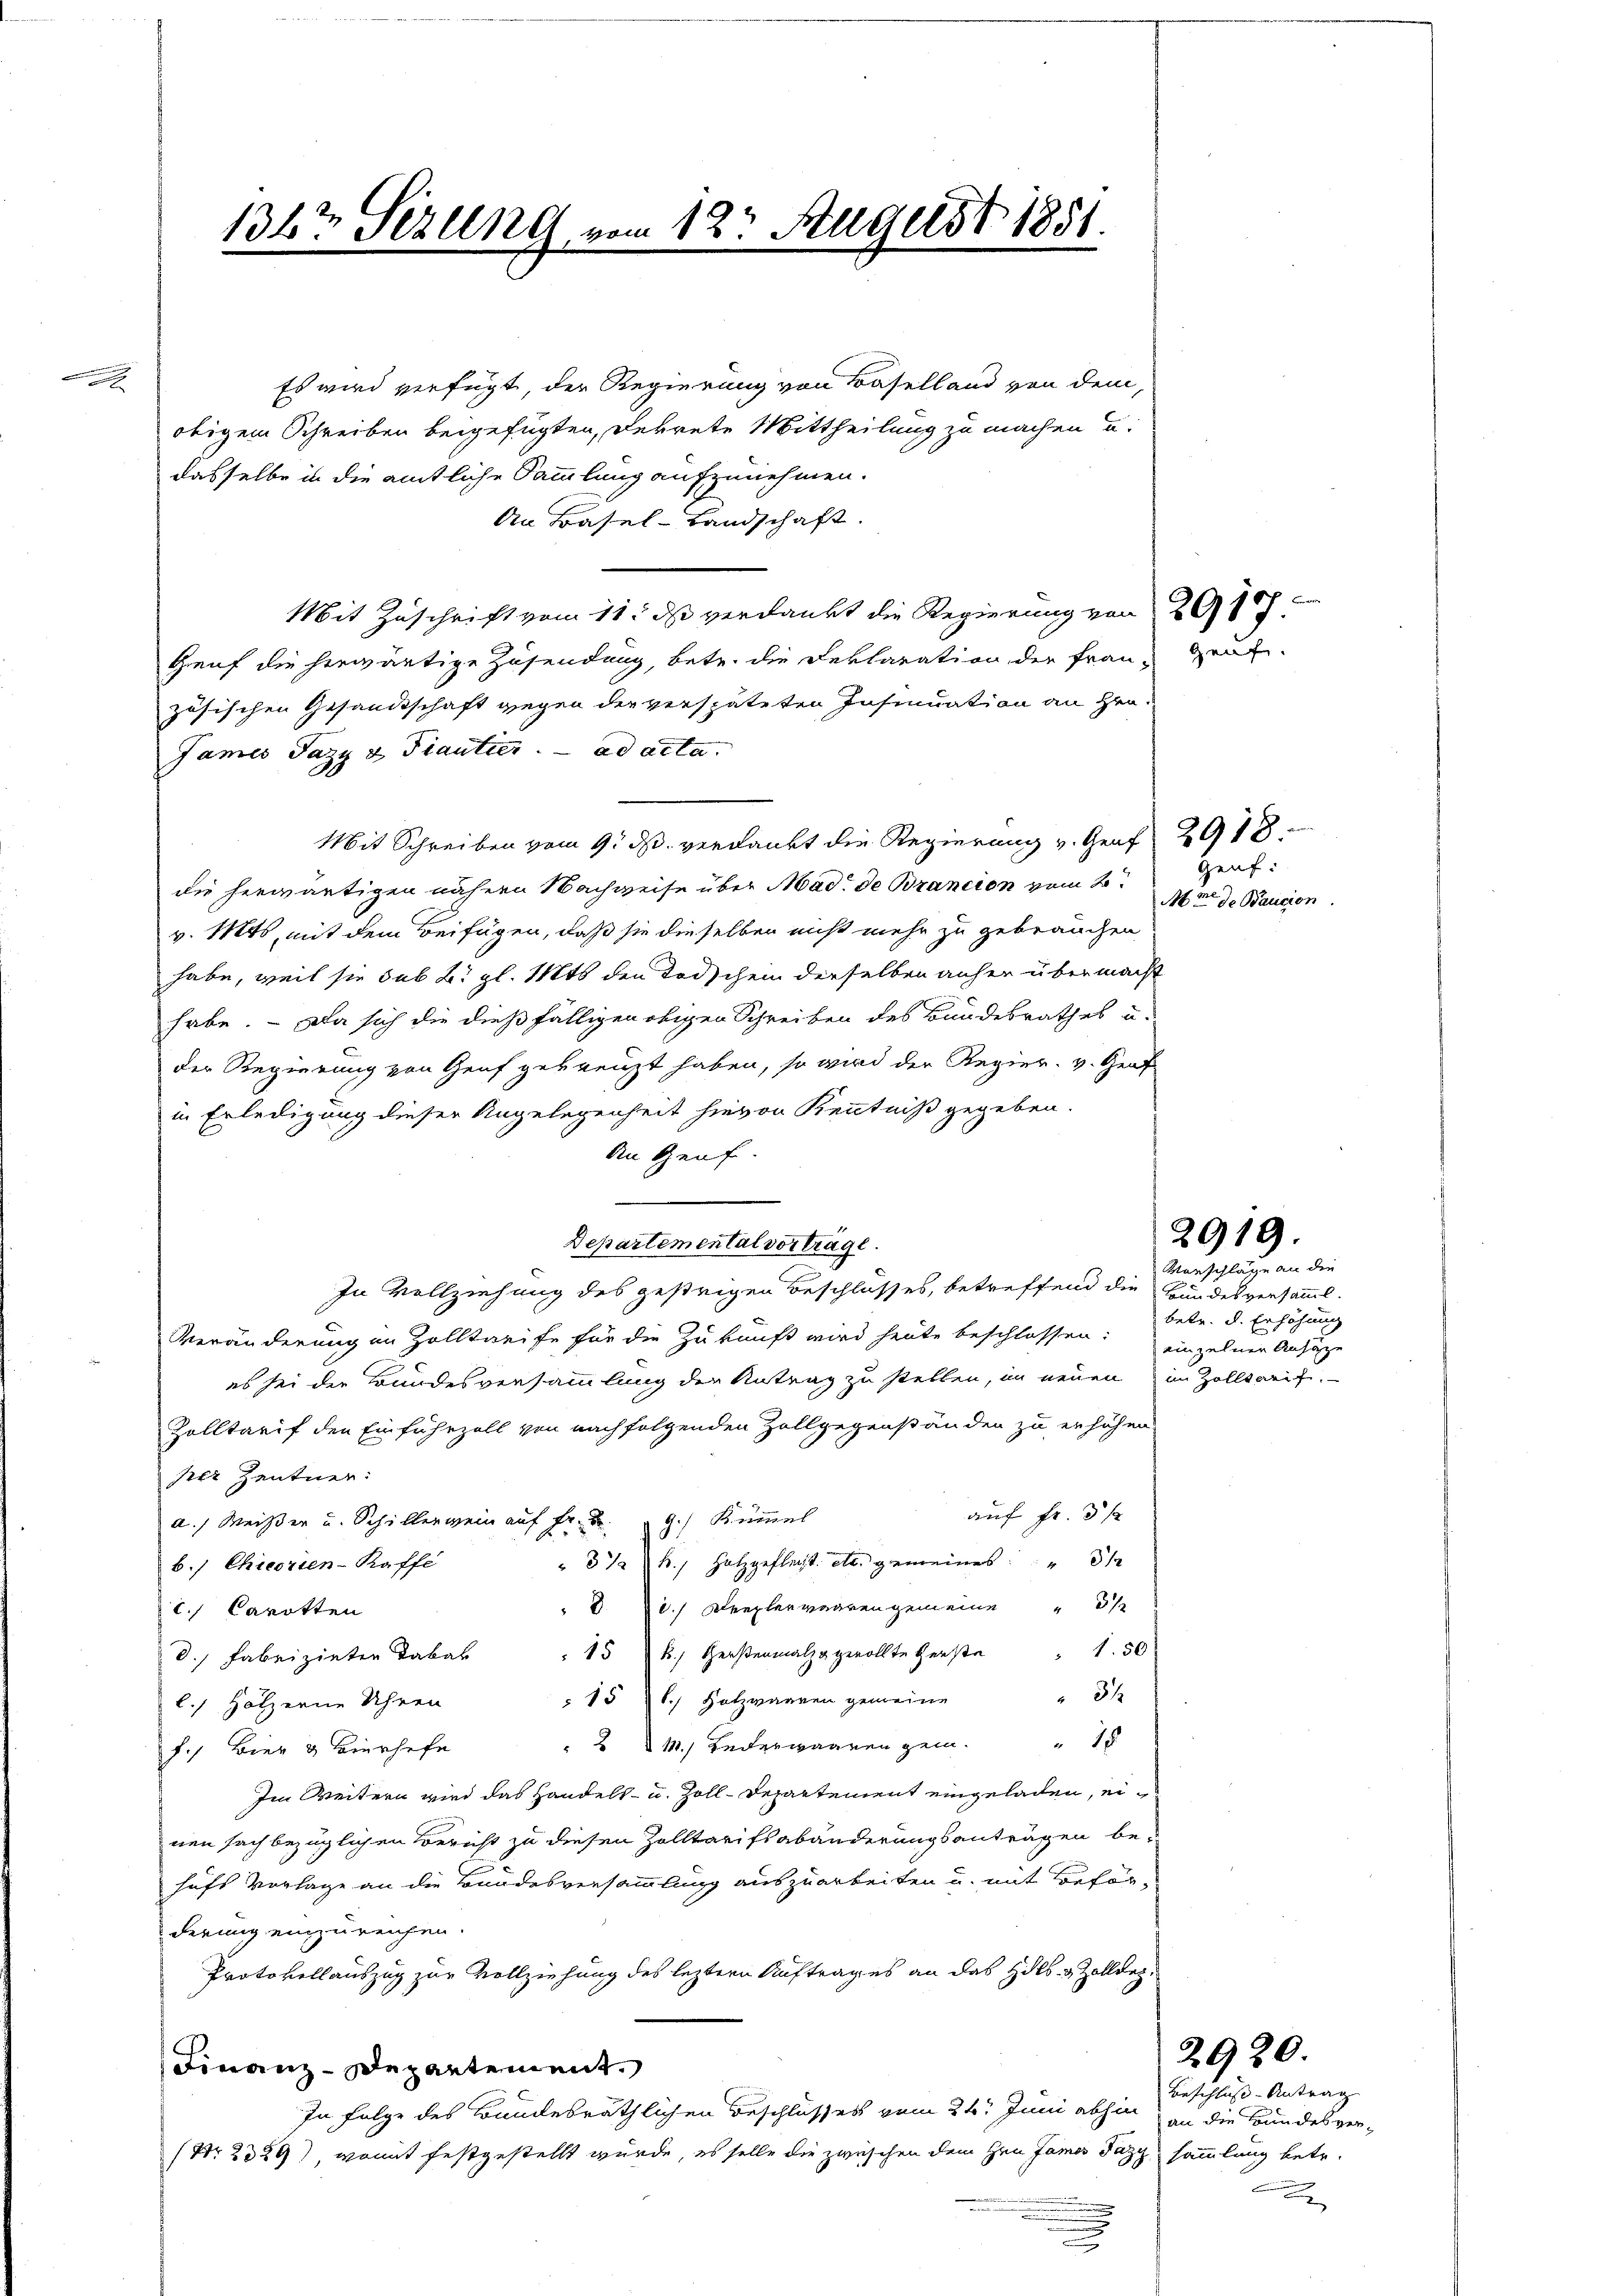
Es wird verfügt, der Regierung von Baselland von dem
obigem Schreiben beigefügten, Dekrete Mittheilung zu machen u.
dasselbe in die amtliche Sammlung aufzunehmen.
An Basel-Landschaft.
Mit Zuschrift vom 11. ds verdankt die Regierung von 20
Genf die herwärtige Zusendung, betr. die Reklaration der Frau-Zeut-
zösischen Gesandtschaft gegen der verspäteten Insinuation an Hrn.
James Pazy & Fiantier. ad acta.
Mit Schreiben vom 9. ds. verdankt die Regierung v. Graf 29 18
die herwärtigen nähern Nachweise über Mad. de Brancion vom 2t
v. Mts., mit dem Beifügen, daß sie dieselben nicht mehr zu gebrauchen
habe, weil sie sub 2. gl. Mts. den Todschein derselben anher übermacht
habe. - Da sich die dießfälligen obigen Schreiben des Bundesrathes u.
der Regierung von Genf gekreuzt haben, so wird der Regier. v. Graf
in Erledigung dieser Angelegenheit hievon Kenntniß gegeben.
An Genf.
Departemental vorträge.
In Vollziehung des gestrigen Beschlosses, betreffend die Bundesversamml.
Veränderung im Zolltreife für die Zukunft wird heute beschlossen: einzelnen Anzuge
es sei die Bundesversammlung der Antrag zu stellen, im neuen im Zolltarif.
Zolltarif den Einfuhrzoll von nachfolgenden Zollgegenständen zu erhöhen
ser Zentner:
auf Fr. 5 f
a.) Weiser und Schillerwein auf Fr. 9.) Kümmel
"  Holzgefleist. A. gemeines
b. Chicorien-Kaffe
37
 1.) Derplenwaaren gemeine
. Carotten
15  Herstenmal gerollte Herste " 1.50
d. Fabrizieter Tabak
31
151. Holzwaaren gemeine
l. Hölzerne Uhren
" 18
2 d. M.) Bederwaaren gem
f., Bier & Bierhofe
Im Weitern wird das Handels- u. Zoll-Departement eingeladen, einen sach bezüglichen Bericht zu diesen Zolltarifsabänderungsanträgen behufs Vorlage an die Bundesversammlung auszuarbeiten u. mit Beförderung einzureichen.
Protokollauszug zur Vollziehung des leztere Auftrages an das Halb- & Zollieg
Finanz-Departement.
In Folge des Bundesräthlichen Beschlusses vom 24. Juni abhin an die Bundesver-
(Nr. 2389), womit festgestellt wurde, es solle die zwischen dem Hrn James Fazy sammlung betr.

1347 Sezung, vom 18t August 1851.

Marschläge an die
betr. d. Erhöhung

Geuf:
Mt. d. Baucion

2919.

Beschluss-Antrag
x

2020.